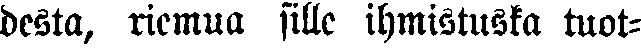
desta, riemua sille ihmistuska tuot-